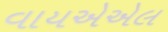
વાયએએલ